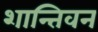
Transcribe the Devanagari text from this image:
शान्तिवन